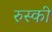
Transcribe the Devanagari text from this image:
रुस्की